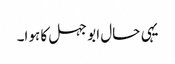
یہی حال ابو جہل کا ہوا۔